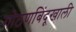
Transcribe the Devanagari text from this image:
गोठणबिंदूखाली